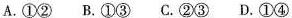
A.①② B.①③ C.②③ D.①④